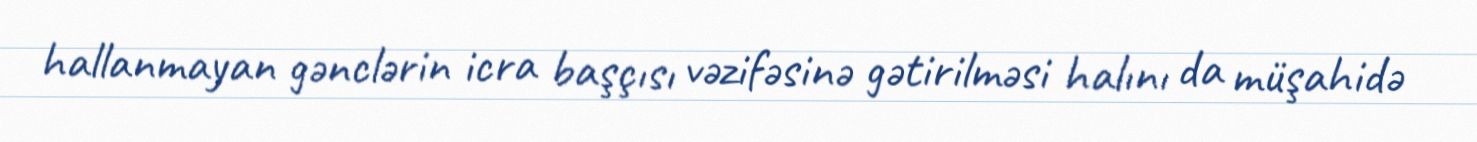
hallanmayan gənclərin icra başçısı vəzifəsinə gətirilməsi halını da müşahidə